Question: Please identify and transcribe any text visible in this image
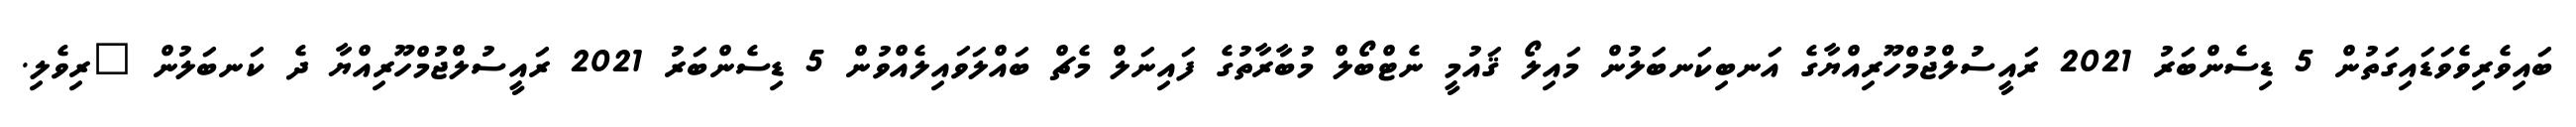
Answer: ބައިވެރިވެވަޑައިގަތުން 5 ޑިސެންބަރު 2021 ރައީސުލްޖުމްހޫރިއްޔާގެ އަނބިކަނބަލުން މައިލޯ ޤައުމީ ނެޓްބޯލް މުބާރާތުގެ ފައިނަލް މެޗް ބައްލަވައިލެއްވުން 5 ޑިސެންބަރު 2021 ރައީސުލްޖުމްހޫރިއްޔާ ދެ ކަނބަލުން "ރިވެލި.